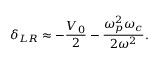
\delta _ { L R } \approx - \frac { V _ { 0 } } { 2 } - \frac { \omega _ { p } ^ { 2 } \omega _ { c } } { 2 \omega ^ { 2 } } .